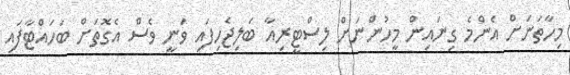
މިހާތަނަށް އެންމެ ގިނައިން މީހުންނަށް ލިސްޓީރިއާ ބަލިޖެހިފައި ވަނީ ވެސް އެގޮތަށް ބަހައްޓާފައި